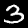
Label: 3